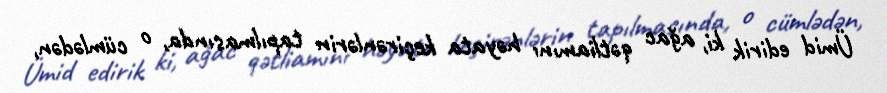
Ümid edirik ki, ağac qətliamını həyata keçirənlərin tapılmasında, o cümlədən,